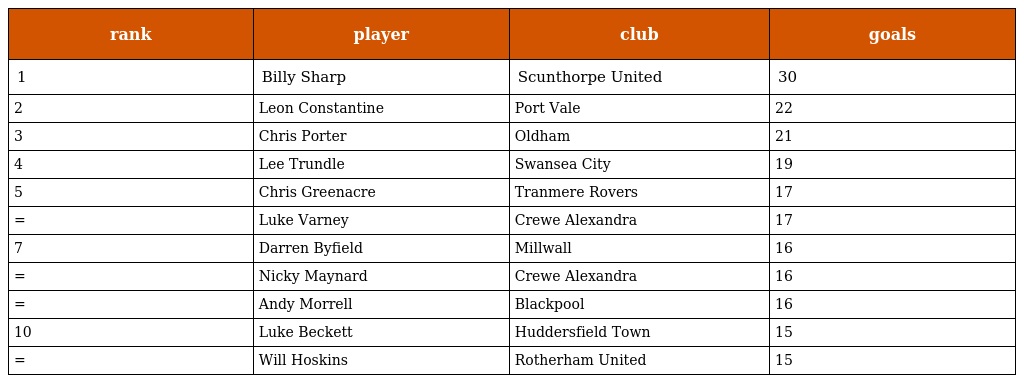
| rank | player | club | goals |
 | --- | --- | --- | --- |
 | 1 | Billy Sharp | Scunthorpe United | 30 |
 | 2 | Leon Constantine | Port Vale | 22 |
 | 3 | Chris Porter | Oldham | 21 |
 | 4 | Lee Trundle | Swansea City | 19 |
 | 5 | Chris Greenacre | Tranmere Rovers | 17 |
 | = | Luke Varney | Crewe Alexandra | 17 |
 | 7 | Darren Byfield | Millwall | 16 |
 | = | Nicky Maynard | Crewe Alexandra | 16 |
 | = | Andy Morrell | Blackpool | 16 |
 | 10 | Luke Beckett | Huddersfield Town | 15 |
 | = | Will Hoskins | Rotherham United | 15 |